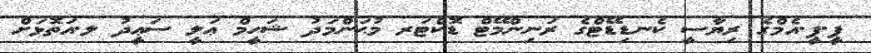
ޕީ.ޕީ.އެމްގެ ރިޔާސީ ކެނޑިޑޭޓްގެ ރަނިންމޭޓް ޑޮކްޓަރ މުޙަންމަދު ޝަހީމް ޢަލީ ސަޢީދު ލ.އަތޮޅަށް